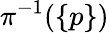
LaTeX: \pi^{-1}(\{ p\} )